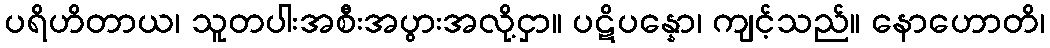
ပရိဟိတာယ၊ သူတပါးအစီးအပွားအလို့ငှာ။ ပဋိပန္နော၊ ကျင့်သည်။ နောဟောတိ၊